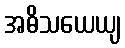
အဓိသယေယျ